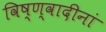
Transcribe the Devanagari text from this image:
विष्ण्वादीनां